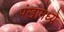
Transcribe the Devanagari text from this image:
पंखामध्ये